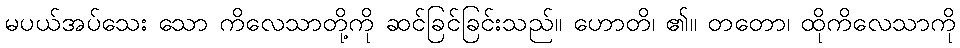
မပယ်အပ်သေး သော ကိလေသာတို့ကို ဆင်ခြင်ခြင်းသည်။ ဟောတိ၊ ၏။ တတော၊ ထိုကိလေသာကို